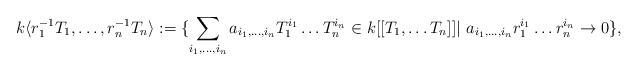
LaTeX: \begin{align*}k \langle r_1^{-1} T_1, \dots, r_n^{-1} T_n \rangle := \{ \sum_{ i_1, \dots, i_n } a_{i_1, \dots, i_n} T_1^{i_1} \dots T_n^{i_n} \in k [[T_1, \dots T_n ]]| \ a_{i_1, \dots, i_n} r_1^{i_1} \dots r_n^{i_n} \to 0 \},\end{align*}